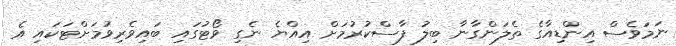
ނަމަވެސް އިންޑިއާގެ ތެލަންގާނާ ބިލު ފާސްކުރުމަށް އިއްޔެ ނެގި ވޯޓުގައި ބައިވެރިވުމަށްޓަކައި އެ